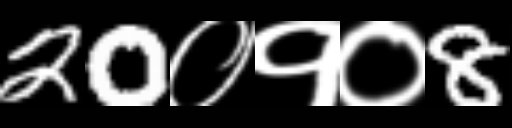
Text: 20०१०8